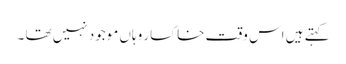
کہتے ہیں اس وقت خاکسار وہاں موجود نہیں تھا ۔